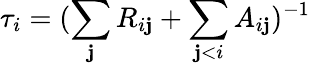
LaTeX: \tau_{i}=(\sum_{\mathbf{j}}R_{i\mathbf{j}}+\sum_{\mathbf{j}<i}A_{i\mathbf{j}})^{-1}